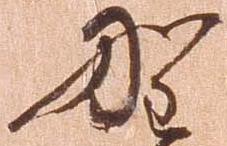
野